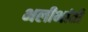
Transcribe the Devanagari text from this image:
भलीभांती